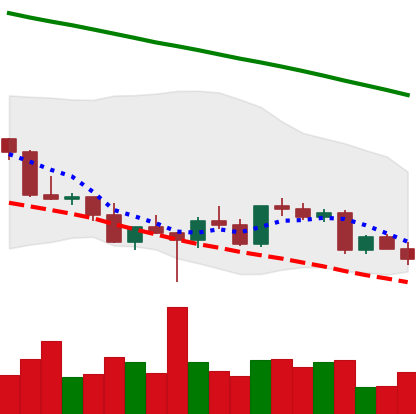
Ticker: LTC-USD
Chart end date: 2022-03-07
Forward return: 7.043%
Label: up_7plus